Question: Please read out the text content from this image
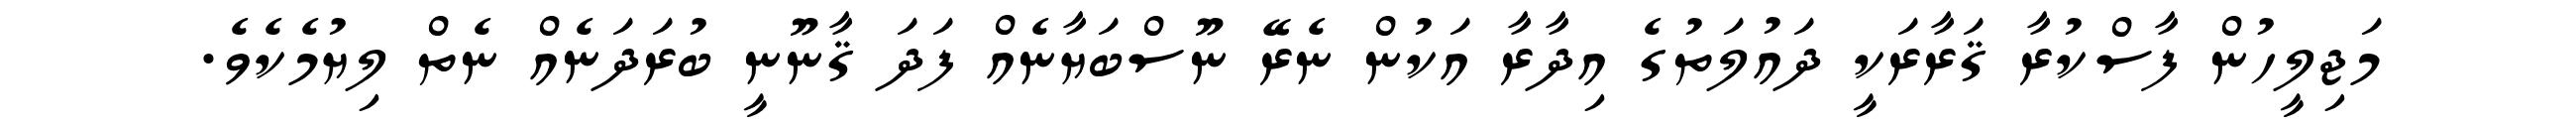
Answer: މަޖިލީހުން ފާސްކުރާ ޤަރާރަކީ ދައުލަތުގެ އިދާރާ އަކުން ނެރޭ ނޫސްބަޔާނެއް ފަދަ ޤާނޫނީ ބުރަދަނެއް ނެތް ލިޔުމެކެވެ.